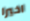
اخيرا